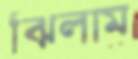
ঝিলাম